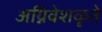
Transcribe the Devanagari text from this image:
अग्निवेशकृते